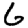
Digit: 6